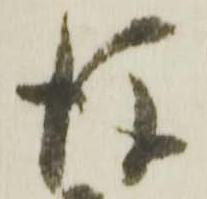
後